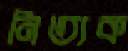
নিত্যক